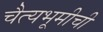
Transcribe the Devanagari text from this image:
चैत्यभूमीची